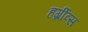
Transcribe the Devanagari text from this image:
हर्ग्रीव्स